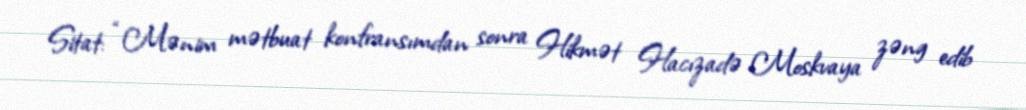
Sitat: “Mənim mətbuat konfransımdan sonra Hikmət Hacızadə Moskvaya zəng edib